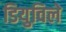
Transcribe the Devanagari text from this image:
डियुविले